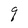
Character: q